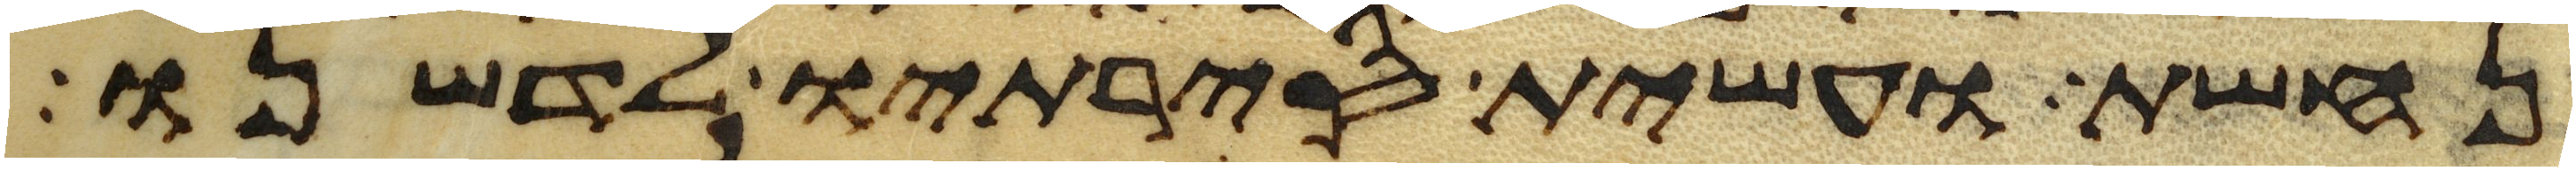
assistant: נחשת ועשית סירתיו לדשנו